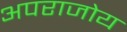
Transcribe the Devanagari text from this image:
अपराजोय